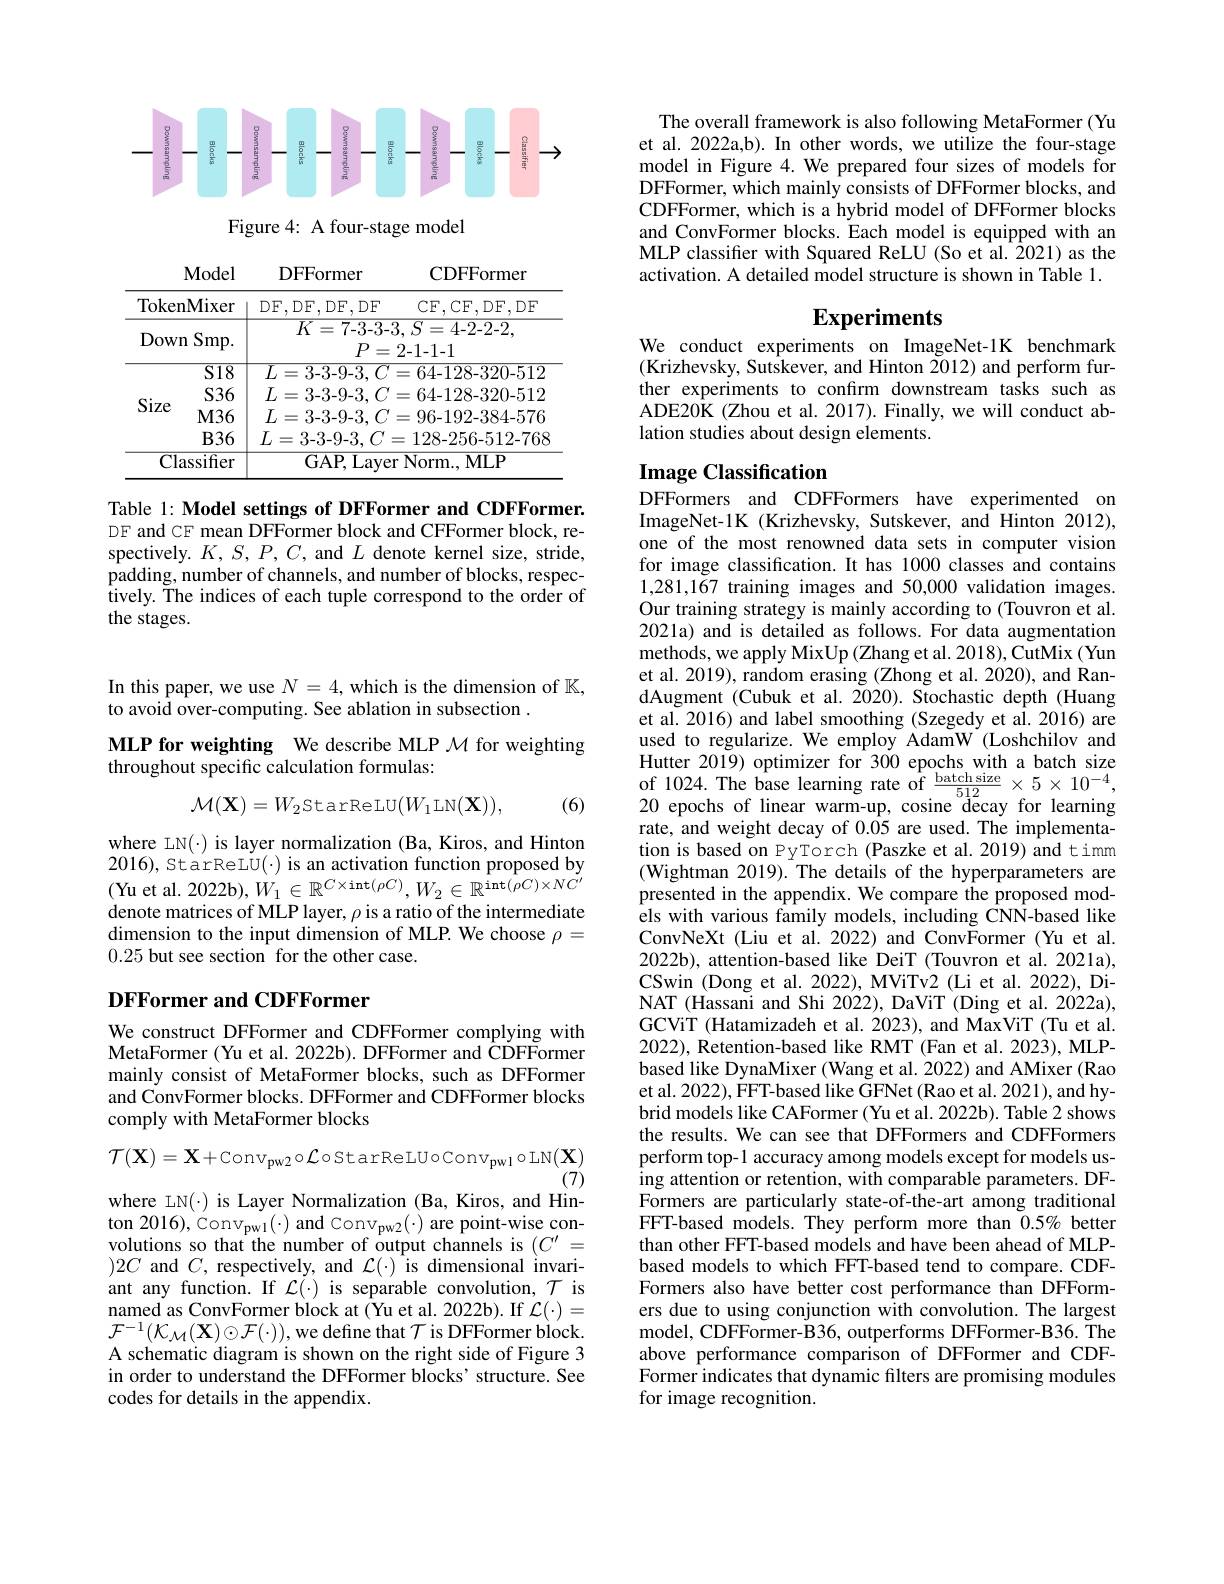
<FigureHere>

Figure 4: A four-stage model

<table>
	<tbody>
		<tr>
			<th>TokenMixer</th>
			<th>${\mathrm{DF},\mathrm{DF},\mathrm{DF},\mathrm{DF}}$,DF CF, CF, DF, DF, DF</th>
		</tr>
		<tr>
			<td>Down $\operatorname{Smp}.$</td>
			<td>$K=7$-3-3-3, $S=4$-2-2-2, $P=2-1-1-1$</td>
		</tr>
		<tr>
			<td>$S18$</td>
			<td>$L=3-3$-9-3, $C=64$-128-320-512</td>
		</tr>
		<tr>
			<td>$S36$</td>
			<td>$L=3-3-9-3,C=64-128-320-512$</td>
		</tr>
		<tr>
			<td>$\mathbf{0}$l$\angle C$ $M36$</td>
			<td>$L=3-3-9-3,C=96-192-384-576$</td>
		</tr>
		<tr>
			<td>$B36$</td>
			<td>$L=3-3$-9-3$,C=128$-256-512-768</td>
		</tr>
		<tr>
			<td>$\overline{{\mathrm{Classifier}}}$</td>
			<td>GAP, Laver Norm., MLP</td>
		</tr>
	</tbody>
</table>

Table 1: Model settings of DFFormer and CDFFormer. DF and CE mean DFFormer block and CFFormer block, respectively. $K,S,P,C$, and $L$ denote kernel size, stride, padding, number of channels, and number of blocks, respectively. The indices of each tuple correspond to the order of the stages.

In this paper, we use $N=4$, which is the dimension of $\mathbb{K}$,
to avoid over-computing. See ablation in subsection .

MLP for weighting We describe MLP $\mathcal{M}$ for weighting
throughout specific calculation formulas:
$$\mathcal{M}(\mathbf{X})=W_2\text{StarReLU}(W_1\text{LN}(\mathbf{X})),$$
(6)

where LN(·) is layer normalization (Ba, Kiros, and Hinton 2016), StarReLU(·) is an activation function proposed by (Yu et al. 2022b),$W_1\in\mathbb{R}^{C\times\mathrm{int}(\rho C)},W_{2}\in\mathbb{R}^{\mathrm{int}(\rho C)\times NC^{\prime}}$ denote matrices of MLP layer, $\rho$ is a ratio of the intermediate dimension to the input dimension of MLP. We choose $\rho=$ 0.25 but see section for the other case.

## DFFormer and CDFFormer

We construct DFFormer and CDFFormer complying with MetaFormer (Yu et al. 2022b). DFFormer and CDFFormer mainly consist of MetaFormer blocks, such as DFFormer and ConvFormer blocks. DFFormer and CDFFormer blocks comply with MetaFormer blocks
$$\mathcal{T}(\mathbf{X})=\mathbf{X}+\mathrm{Conv}_{\mathrm{pw2}}\circ\mathcal{L}\circ\mathrm{StarReLUoConv}_{\mathrm{pw1}}\circ\mathrm{LN}(\mathbf{X})$$
where LN(-) is Layer Normalization (Ba, Kiros, and Hin- $)2C$ and $C$, respectively, and $\mathcal{L}(\cdot)$ is dimensional invariant any function. If $\mathcal{L}(\cdot)$ is separable convolution, $\mathcal{T}$ is named as ConvFormer block at (Yu et al. 2022b). If $\mathcal{L}(\cdot)=$ $\mathcal{F}^{-1}(\mathcal{K}_{\mathcal{M}}(\mathbf{X})\odot\mathcal{F}(\cdot))$,we define that $\mathcal{T}$ is DFFormer block. A schematic diagram is shown on the right side of Figure 3 in order to understand the DFFormer blocks' structure. See codes for details in the appendix.

The overall framework is also following MetaFormer (Yu et al. 2022a,b). In other words, we utilize the four-stage model in Figure 4. We prepared four sizes of models for DFFormer, which mainly consists of DFFormer blocks, and CDFFormer, which is a hybrid model of DFFormer blocks and ConvFormer blocks. Each model is equipped with an MLP classifer with Squared ReLU (So et al. 2021) as the activation. A detailed model structure is shown in Table 1.

## Experiments We conduct experiments on ImageNet-1K benchmark

$(\tilde{\text{Krizhevsky, Sutskever, and Hinton }Z}012)$ and perform further experiments to confirm downstream tasks such as $ADE20\hat{\mathrm{K}}(Zhou et al. 2017). Finally, we will conduct ab-$ lation studies about design elements.

## Image Classification

DFFormers and CDFFormers have experimented on ImageNet-1K (Krizhevsky, Sutskever, and Hinton 2012), one of the most renowned data sets in computer vision for image classification. It has 1000 classes and contains 1,281,167 training images and 50,000 validation images. Our training strategy is mainly according to (Touvron et al. 2021a) and is detailed as follows. For data augmentation methods, we apply MixUp (Zhang et al. 2018), CutMix (Yun et al. 2019), random erasing (Zhong et al. 2020), and RandAugment (Cubuk et al. 2020). Stochastic depth (Huang et al. 2016) and label smoothing (Szegedy et al. 2016) are used to regularize. We employ AdamW (Loshchilov and 20 epochs of linear warm-up, cosine decay for learning rate, and weight decay of 0.05 are used.The implementation is based on PyTorch (Paszke et al.2019) and timm (Wightman 2019).The details of the hyperparameters are presented in the appendix. We compare the proposed models with various family models, including CNN-based like ConvNeXt (Liu et al. 2022) and ConvFormer (Yu et al. 2022b), attention-based like DeiT (Touvron et al. 2021a), CSwin (Dong et al. 2022), MViTv2 (Li et al. 2022), DiNAT (Hassani and Shi 2022), DaViT (Ding et al. 2022a), GCViT (Hatamizadeh et al. 2023), and MaxViT (Tu et al. 2022), Retention-based like RMT (Fan et al. 2023), MLPbased like DynaMixer (Wang et al. 2022) and AMixer (Rao et al. 2022), FFT-based like GFNet (Rao et al. 2021), and hybrid models like CAFormer (Yu et al. 2022b). Table 2 shows the results. We can see that DFFormers and CDFFormers perform top-1 accuracy among models except for models us- $\hat{\text{ing attention or retention, with comparable parameters. DF-}}$ Formers are particularly state-of-the-art among traditional FFT-based models. They perform more than $0.5\%$ better than other FFT-based models and have been ahead of MLPbased models to which FFT-based tend to compare. CDFFormers also have better cost performance than DFFormers due to using conjunction with convolution. The largest model, CDFFormer-B36, outperforms DFFormer-B36. The above performance comparison of DFFormer and CDFFormer indicates that dynamic filters are promising modules for image recognition.